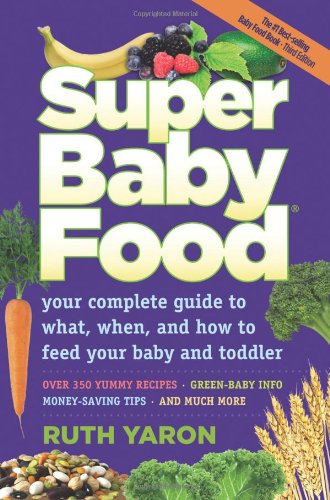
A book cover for Super Baby Food; Ruth Yaron; Cookbooks, Food & Wine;